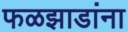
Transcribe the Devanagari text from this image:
फळझाडांना